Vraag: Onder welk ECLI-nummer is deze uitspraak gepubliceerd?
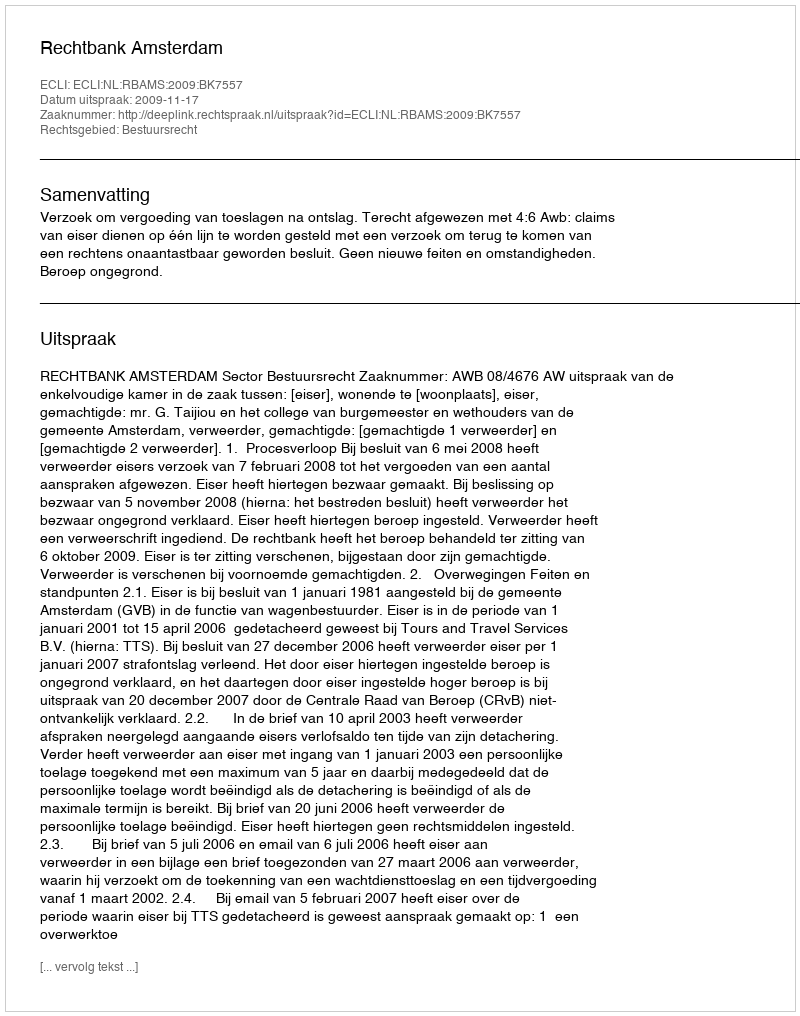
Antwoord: ECLI:NL:RBAMS:2009:BK7557